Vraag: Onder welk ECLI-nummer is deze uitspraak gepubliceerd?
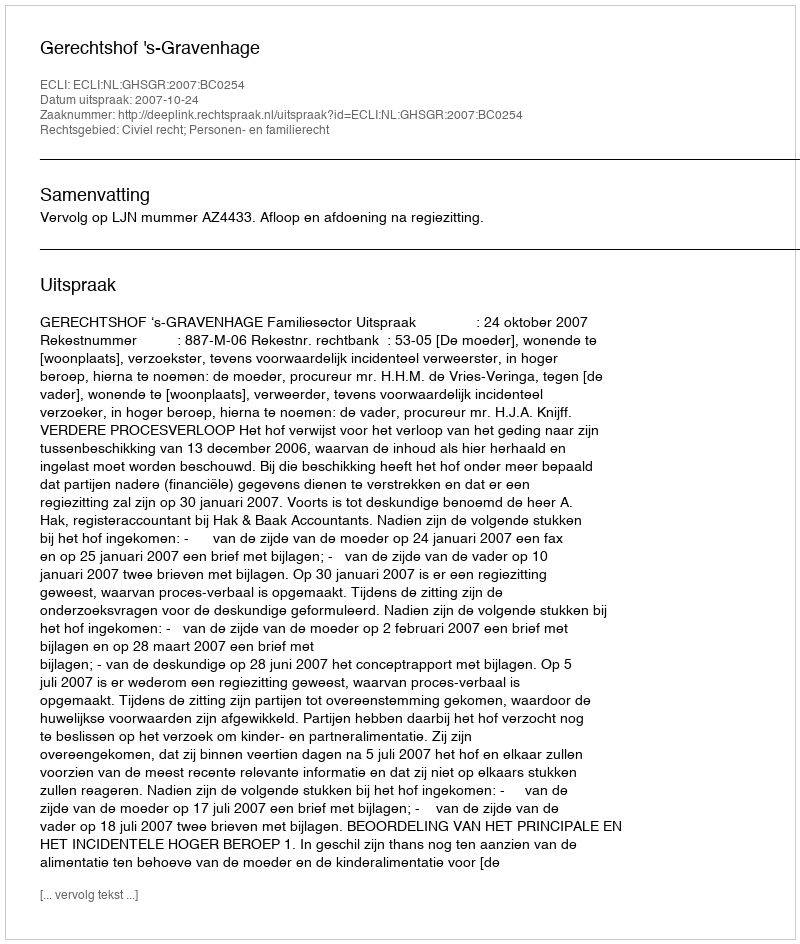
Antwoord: ECLI:NL:GHSGR:2007:BC0254